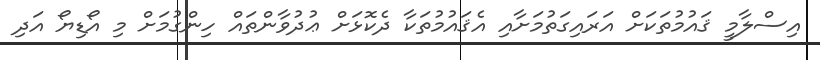
އިސްލާމީ ޤައުމުތަކަށް އަރައިގަތުމަށާއި އެޤައުމުތަކާ ދެކޮޅަށް ޢުދުވާންތައް ހިންގުމަށް މި އޯޑިޔޯ އަދި